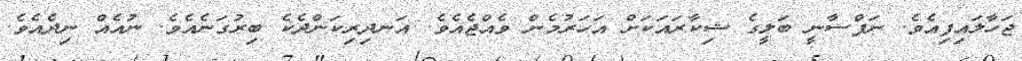
ޖަހާލައިފިއެވެ. ނަފްސާނީ ބަލީގެ ޝިކާރައަކަށް އަހަރުމެން ވެއްޖެއެވެ. އަނދިރިކަންދެކެ ބިރުގަނެއެވެ. ނުއެއް ނިދެއެވެ.